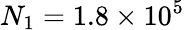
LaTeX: N_{1}=1.8\times 10^{5}